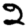
Digit: 2